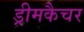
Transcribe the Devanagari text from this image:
ड्रीमकैचर